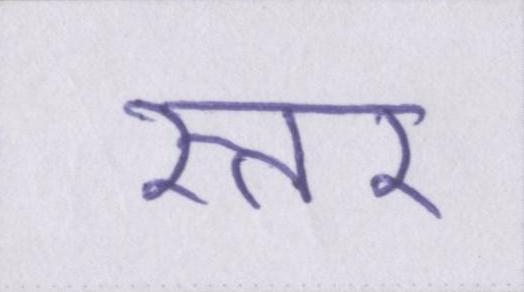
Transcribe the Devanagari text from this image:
स्तर